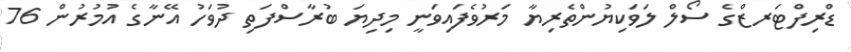
ޑްރިފްޓަރޒްގެ ސޯލް ލަވަކިޔުންތެރިޔާ މަރުވެފައިވަނީ މިދިޔަ ބުރާސްފަތި ދުވަހު އޭނާގެ އުމުރުން 76